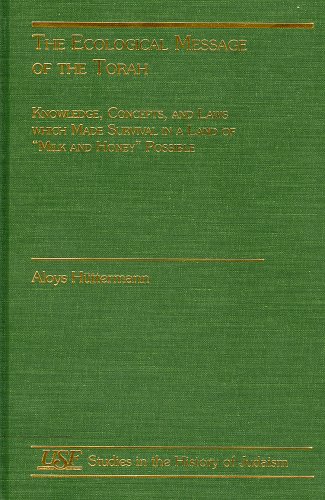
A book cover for The Ecological Message of the Torah: Knowledge, Concepts and Laws with Made Survival in a land of Milk and Honey Possible (Studies in the History of Judaism); Aloys Hfttermann; Religion & Spirituality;